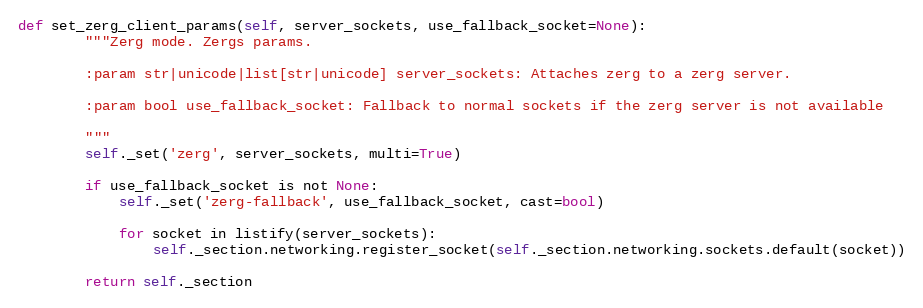
Language: Python
def set_zerg_client_params(self, server_sockets, use_fallback_socket=None):
        """Zerg mode. Zergs params.

        :param str|unicode|list[str|unicode] server_sockets: Attaches zerg to a zerg server.

        :param bool use_fallback_socket: Fallback to normal sockets if the zerg server is not available

        """
        self._set('zerg', server_sockets, multi=True)

        if use_fallback_socket is not None:
            self._set('zerg-fallback', use_fallback_socket, cast=bool)

            for socket in listify(server_sockets):
                self._section.networking.register_socket(self._section.networking.sockets.default(socket))

        return self._section